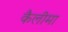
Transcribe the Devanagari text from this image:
कैलीमा